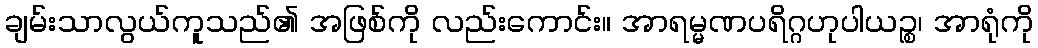
ချမ်းသာလွယ်ကူသည်၏ အဖြစ်ကို လည်းကောင်း။ အာရမ္မဏပရိဂ္ဂဟုပါယဉ္စ၊ အာရုံကို